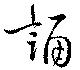
誦